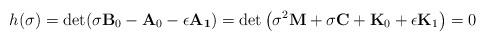
LaTeX: \begin{align*}h(\sigma) =\det(\sigma {\bf B}_0 - {\bf A}_0 - \epsilon {\bf A_1})= \det \left( \sigma^2 {\bf M} + \sigma {\bf C} + {\bf K}_0 + \epsilon {\bf K}_1 \right)=0\end{align*}